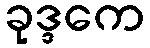
ခုဒ္ဒကေ